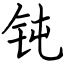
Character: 钝